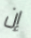
إن